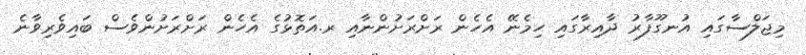
މިޖަލްސާގައި އުނގޫފާރު ދާއިރާގައި ހިމެނޭ އެހެން ރަށްރަށުންނާއި ރ.އަތޮޅުގެ އެހެން ރަށްރަށުންވެސް ބައިވެރިވާނެ